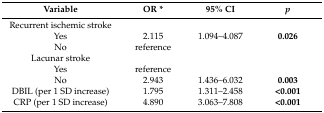
<table><thead><tr><td><b>Variable</b></td><td><b>OR *</b></td><td><b>95% CI</b></td><td><b><i>p</i></b></td></tr></thead><tbody><tr><td>Recurrent ischemic stroke</td><td></td><td></td><td></td></tr><tr><td>Yes</td><td>2.115</td><td>1.094–4.087</td><td><b>0.026</b></td></tr><tr><td>No</td><td>reference</td><td></td><td></td></tr><tr><td>Lacunar stroke</td><td></td><td></td><td></td></tr><tr><td>Yes</td><td>reference</td><td></td><td></td></tr><tr><td>No</td><td>2.943</td><td>1.436–6.032</td><td><b>0.003</b></td></tr><tr><td>DBIL (per 1 SD increase)</td><td>1.795</td><td>1.311–2.458</td><td><b>&lt;0.001</b></td></tr><tr><td>CRP (per 1 SD increase)</td><td>4.890</td><td>3.063–7.808</td><td><b>&lt;0.001</b></td></tr></tbody></table>